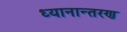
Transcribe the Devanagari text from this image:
ध्यानान्तरण